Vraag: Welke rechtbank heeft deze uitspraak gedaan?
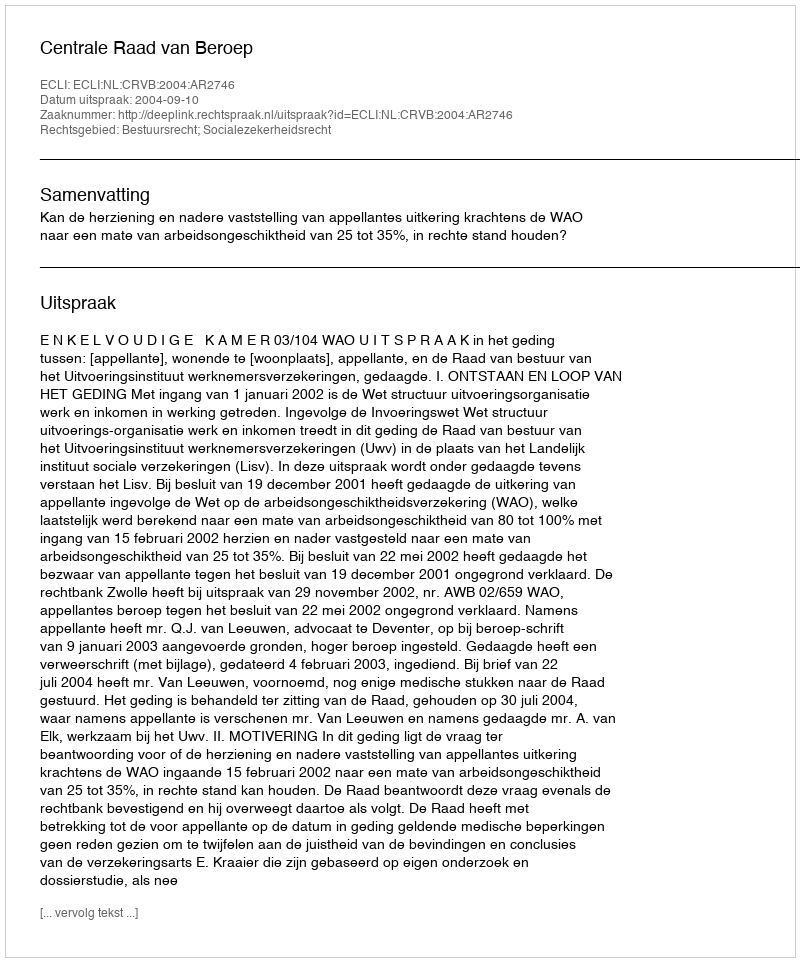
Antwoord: Centrale Raad van Beroep